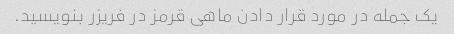
یک جمله در مورد قرار دادن ماهی قرمز در فریزر بنویسید.